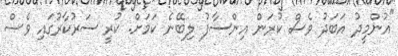
"އުންމީދު އަބަދު ވެސް ކުރަން އިންސާފު ލިބޭނެ ކަމަށް. ކުރީ ސަރުކާރުގައި ވެސް